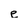
Character: e